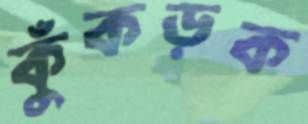
কুঁকড়ক